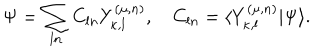
\Psi = \sum _ { l n } C _ { l n } Y _ { \kappa , l } ^ { ( \mu , n ) } , \quad C _ { l n } = \langle Y _ { \kappa , l } ^ { ( \mu , n ) } | \Psi \rangle .